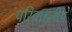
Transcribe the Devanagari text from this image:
परिवाहनीय